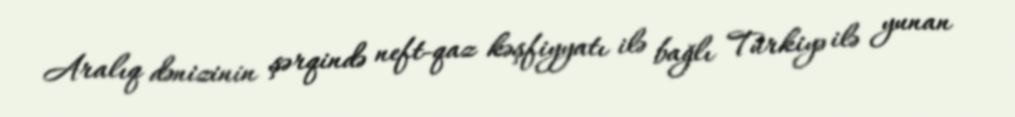
Aralıq dənizinin şərqində neft-qaz kəşfiyyatı ilə bağlı Türkiyə ilə yunan